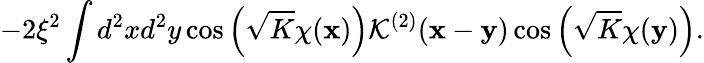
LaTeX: -2\xi^{2}\int d^{2}xd^{2}y\cos\left(\sqrt{K}\chi({\mathbf x})\right){\mathcal K}^{(2)}({\mathbf x}-{\mathbf y})\cos\left(\sqrt{K}\chi({\mathbf y})\right).